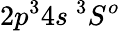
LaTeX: {2p^{3}4s~^{3}S^{o}}